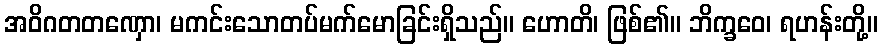
အဝိဂတတဏှော၊ မကင်းသောတပ်မက်မောခြင်းရှိသည်။ ဟောတိ၊ ဖြစ်၏။ ဘိက္ခဝေ၊ ရဟန်းတို့။